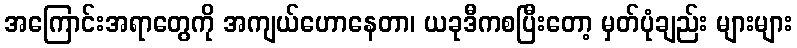
အကြောင်းအရာတွေကို အကျယ်ဟောနေတာ၊ ယခုဒီကစပြီးတော့ မှတ်ပုံချည်း များများ